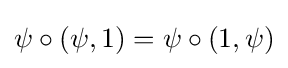
\psi \circ (\psi ,1)=\psi \circ (1,\psi )